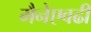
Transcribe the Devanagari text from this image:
मैनेएवढी